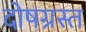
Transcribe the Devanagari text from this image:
दोषग्रस्त